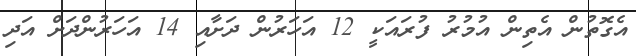
އެގޮތުން އެތިން އުމުރު ފުރައަކީ 12 އަހަރުން ދަށާއި 14 އަހަރުންދަށް އަދި